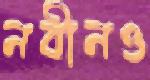
নবীনও